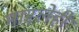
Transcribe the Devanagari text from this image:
मारलेही